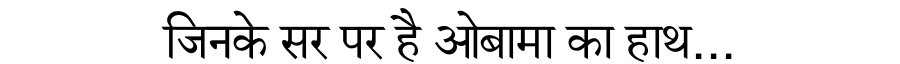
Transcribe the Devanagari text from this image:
जिनके सर पर है ओबामा का हाथ...